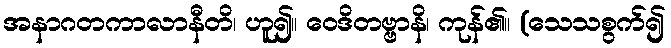
အနာဂတကာလာနီတိ၊ ဟူ၍။ ဝေဒိတဗ္ဗာနိ၊ ကုန်၏။ (သေသစွက်၍